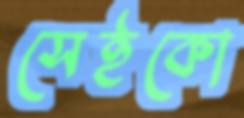
সেইকো